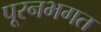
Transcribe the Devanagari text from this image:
पूरनभगत